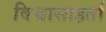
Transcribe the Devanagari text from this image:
विश्वासाहर्ता